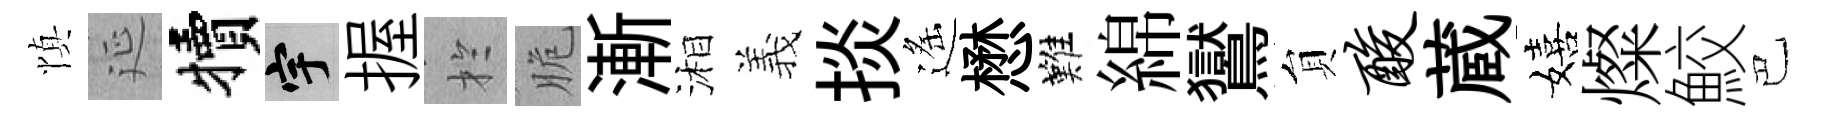
慎延犢宇握扵脆漸湘義掞遙懋難綿鸑貟酸蔵嬉燦鮫巴